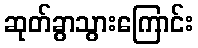
ဆုတ်ခွာသွားကြောင်း